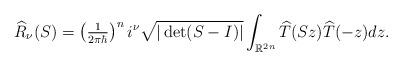
LaTeX: \begin{align*}\widehat{R}_{\nu}(S)=\left( \tfrac{1}{2\pi\hbar}\right) ^{n}i^{\nu}\sqrt{|\det(S-I)|}\int_{\mathbb{R}^{2n}}\widehat{T}(Sz)\widehat{T}(-z)dz.\end{align*}